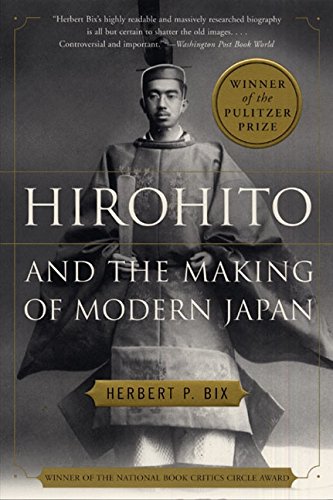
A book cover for Hirohito and the Making of Modern Japan; Herbert P. Bix; Biographies & Memoirs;